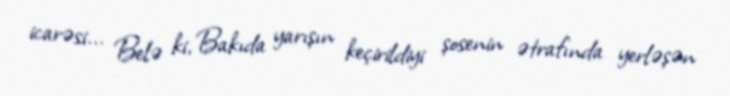
icarəsi... Belə ki, Bakıda yarışın keçirildiyi şosenin ətrafında yerləşən